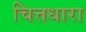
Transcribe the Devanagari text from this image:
चित्तधारा